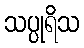
သပ္ပုရိသ